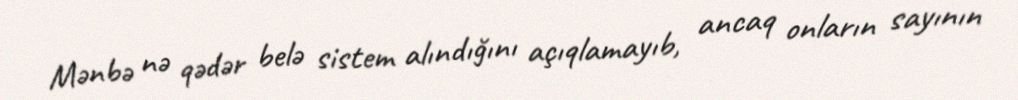
Mənbə nə qədər belə sistem alındığını açıqlamayıb, ancaq onların sayının